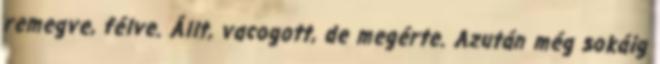
remegve, félve. Állt, vacogott, de megérte. Azután még sokáig